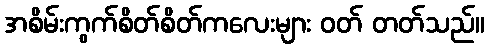
အစိမ်းကွက်စိတ်စိတ်ကလေးများ ဝတ် တတ်သည်။